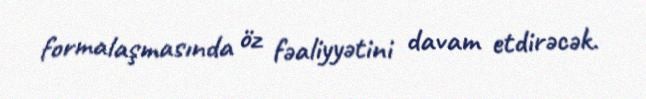
formalaşmasında öz fəaliyyətini davam etdirəcək.